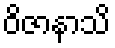
ဝိဇာနာသိ